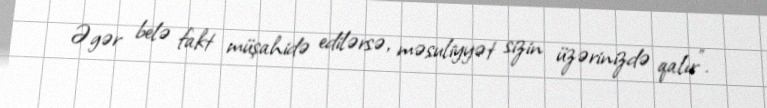
Əgər belə fakt müşahidə edilərsə, məsuliyyət sizin üzərinizdə qalır”.